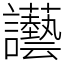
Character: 讛